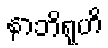
နာဘိရုဟိ